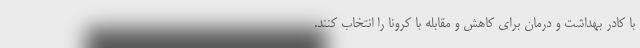
با کادر بهداشت و درمان برای کاهش و مقابله با کرونا را انتخاب کنند.